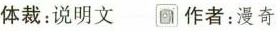
体裁：说明文 作者：漫奇